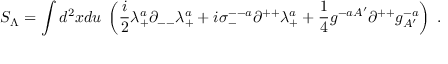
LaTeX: S _ { \Lambda } = \int d ^ { 2 } x d u \; \left( { \frac { i } { 2 } } \lambda _ { + } ^ { a } \partial _ { -- } \lambda _ { + } ^ { a } + i \sigma _ { - } ^ { -- a } \partial ^ { + + } \lambda _ { + } ^ { a } + { \frac { 1 } { 4 } } g ^ { - a A ^ { \prime } } \partial ^ { + + } g _ { A ^ { \prime } } ^ { - a } \right) \; .